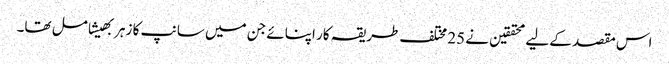
اس مقصد کے لیے محققین نے 25 مختلف طریقہ کار اپنائے جن میں سانپ کا زہر بھیشامل تھا۔